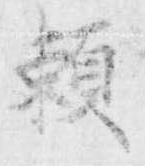
頼